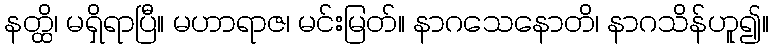
နတ္ထိ၊ မရှိရာပြီ။ မဟာရာဇ၊ မင်းမြတ်။ နာဂသေနောတိ၊ နာဂသိန်ဟူ၍။